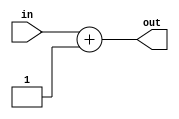
`timescale 1ns / 1ps
//////////////////////////////////////////////////////////////////////////////////
// Company: 
// Engineer: 
// 
// Design Name: 
// Module Name: incrementer_6bit
// Project Name: 
// Target Devices: 
// Tool Versions: 
// Description: 
// 
// Dependencies: 
// 
// Revision:
// Revision 0.01 - File Created
// Additional Comments:
// 
//////////////////////////////////////////////////////////////////////////////////


module incrementer_6bit(
        input [5:0] in,
        output [5:0] out
);

    assign out = in + 1;

endmodule